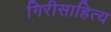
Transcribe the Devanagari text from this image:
गिरीसाहित्य